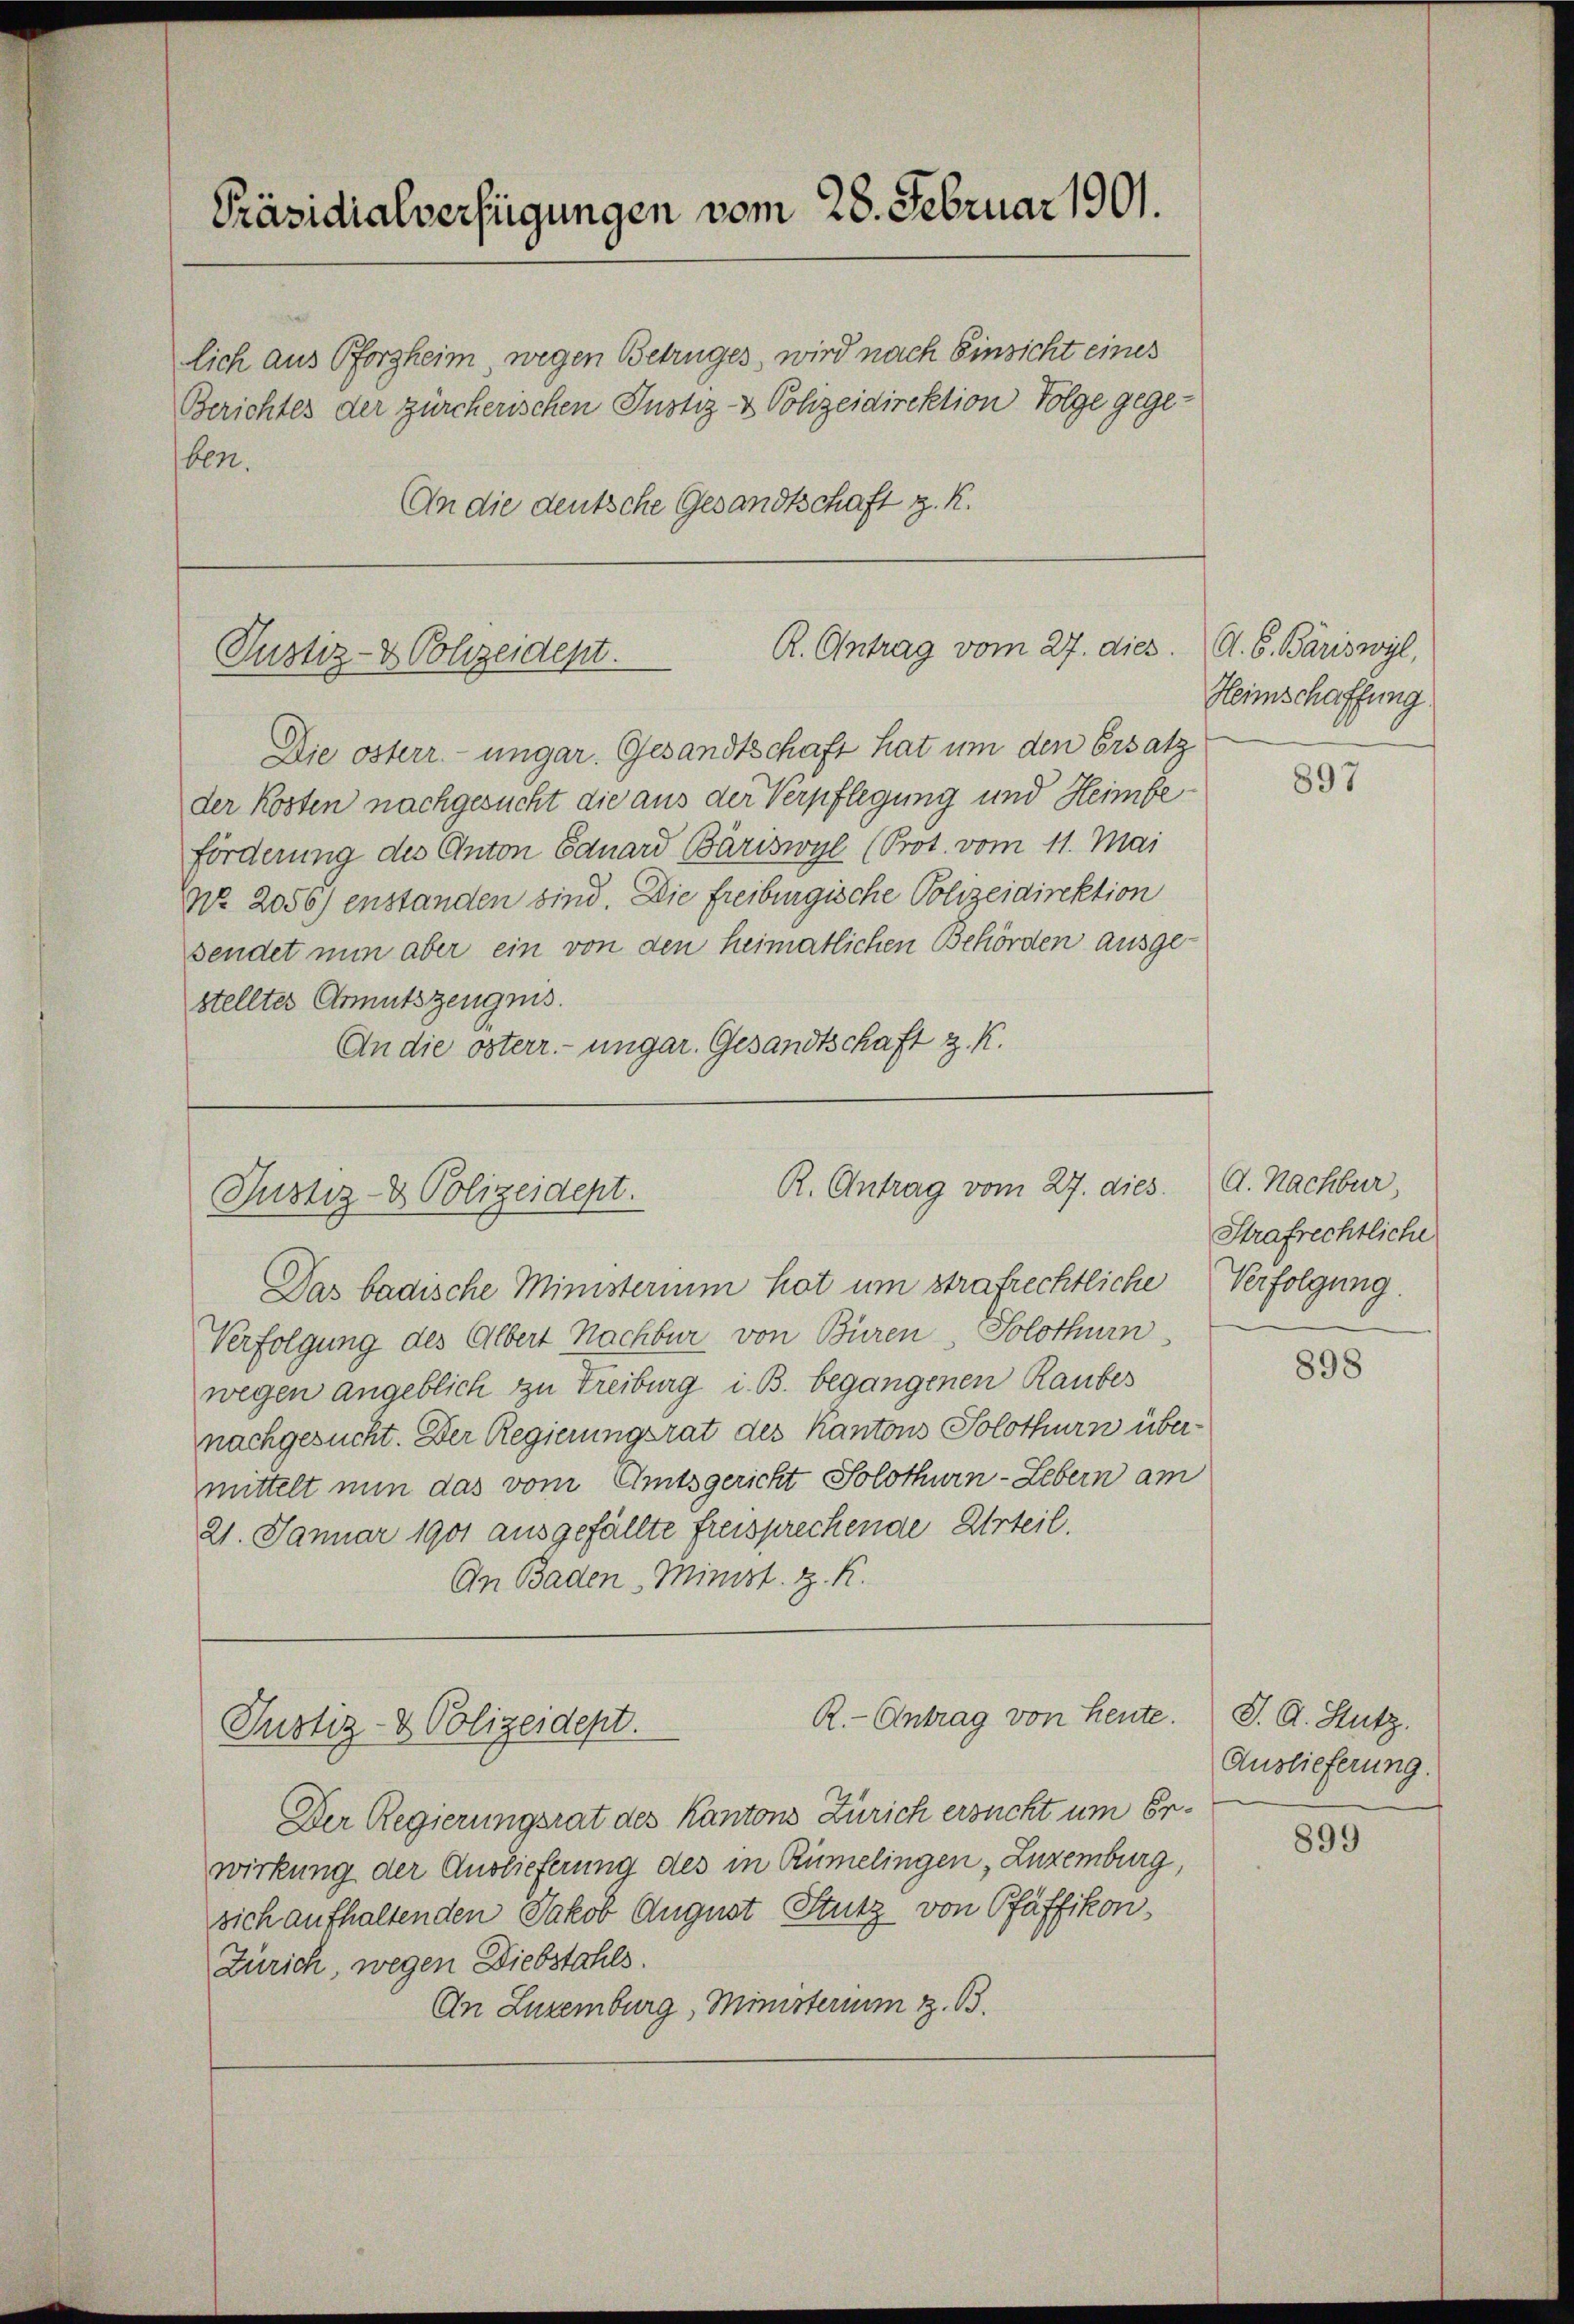
Präsidialverfügungen vom 28. Februar 1901.

lich aus Pforzheim, wegen Betruges, wird nach Einsicht eines
Berichtes der zürcherischen Justiz- & Polizeidirektion Folge gegeben.
An die deutsche Gesandtschaft z. R.

R. Antrag vom 27. dies. A. B. Bäriswyl,
Justiz- & Polizeident.

R. Antrag vom 27. dies
Justiz- & Polizeidept.

R.- Antrag von Heute.
Justiz- & Polizeidept.

Die österr. ungar. Gesandtschaft hat um den Ersatz
der Kosten nachgesucht die aus der Verpflegung und Heimbeförderung des Anton Eduard Bäriswyl (Prot. vom 11. Mai
No. 2056) enstanden sind. Die freiburgische Polizeidirektion
sendet nun aber ein von den heimatlichen Behörden ausge-
stelltes Armutszeugnis.
An die österr. ungar. Gesandtschaft z. K.

Der Regierungsrat des Kantons Zürich ersucht um Erwirkung der Auslieferung des in Rümelingen, Luzemburg,
sich aufhaltenden Jakob August Stutz von Pfäffikon,
Zürich, wegen Diebstahls.
An Luzemburg, Ministerium z. B.

Das badische Ministerium hat um strafrechtliche Verfolgung.
Verfolgung des Albert Nachbur von Büren, Solothurn
wegen angeblich zu Treiburg i. B. begangenen Raubes
nachgesucht. Der Regierungsrat des Kantons Solothurn übermittelt nun das vom Amtsgericht Solothurn-Lebern am
21. Januar 1901 ausgefällte freisprechende Urteil.
An Baden Minist. Z. K.

Heimschaffung.

897

d. Nachbur,
Strafrechtliche

898

J. A. Stutz.
Auslieferung.

899